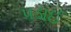
પડાઈ